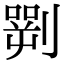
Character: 𠟎